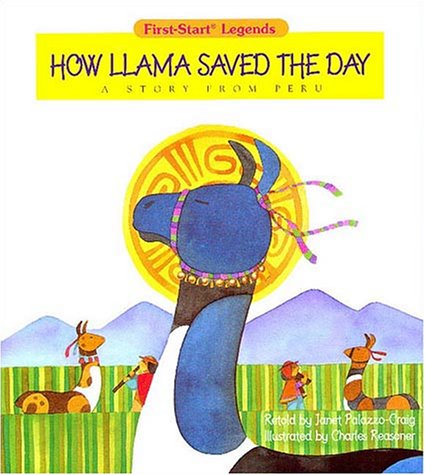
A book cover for How Llama Saved The Day - Pbk; Palazzo-Craig; Children's Books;